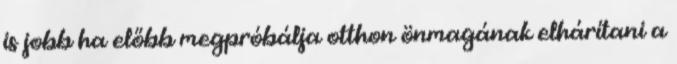
is jobb ha előbb megpróbálja otthon önmagának elhárítani a